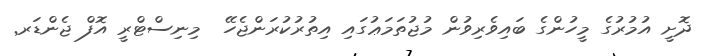
ދޮށީ އުމުރުގެ މީހުންގެ ބައިވެރިވުން މުޖުތަމަޢުގައި އިތުރުކުރަންޖެހޭ  މިނިސްޓްރީ އޮފް ޖެންޑަރ